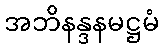
အဘိနန္ဒနမဋ္ဌမံ